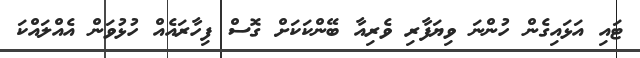
ޓައި އަޅައިގެން ހުންނަ ވިޔަފާރި ވެރިއާ ބޭންކަކަށް ގޮސް ފިހާރައެއް ހުޅުވަން އެއްލައްކަ